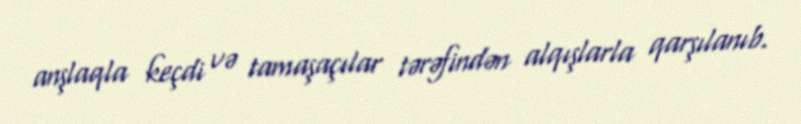
anşlaqla keçdi və tamaşaçılar tərəfindən alqışlarla qarşılanıb.